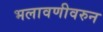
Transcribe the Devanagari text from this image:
भलावणीवरुन